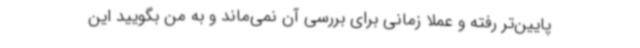
پایین‌تر رفته و عملا زمانی برای بررسی آن نمی‌ماند و به من بگویید این